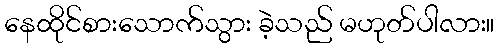
နေထိုင်စားသောက်သွား ခဲ့သည် မဟုတ်ပါလား။